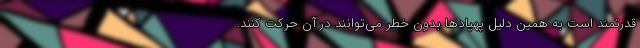
قدرتمند است به همین دلیل پهپادها بدون خطر می‌توانند در آن حرکت کنند.